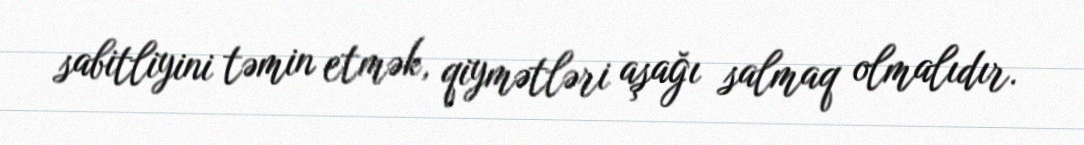
sabitliyini təmin etmək, qiymətləri aşağı salmaq olmalıdır.